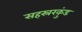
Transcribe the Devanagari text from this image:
सहस्ररकुंड